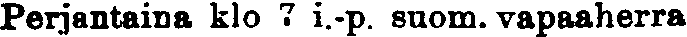
Perjantaina klo 7 i.-p. suom. vapaaherra